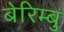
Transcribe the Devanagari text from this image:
बेरिम्बु